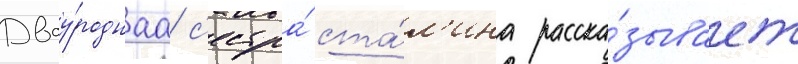
Двоу́роднаа с'естра́ ста́л'ина расска́зывает